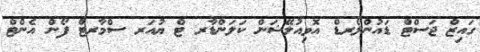
ގައިޒް ޖަސްޓް ޑައުންލޯރޑް އޮވިއުލޭޝަން ކަލަންޑާރ ޓް ޔުއަރ ސްމާރޓް ފޯން އެންޓް